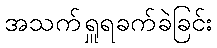
အသက်ရှူရခက်ခဲခြင်း